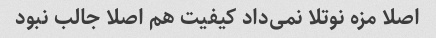
اصلا مزه نوتلا نمی‌داد کیفیت هم اصلا جالب نبود